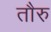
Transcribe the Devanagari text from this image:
तौरु